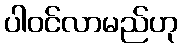
ပါဝင်လာမည်ဟု